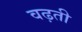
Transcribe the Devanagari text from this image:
वढ़ती